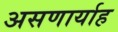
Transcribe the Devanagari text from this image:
असणार्याह